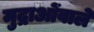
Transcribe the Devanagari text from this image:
मुद्राओंवाले